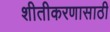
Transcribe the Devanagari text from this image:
शीतीकरणासाठी